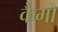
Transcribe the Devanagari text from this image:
कैमो